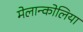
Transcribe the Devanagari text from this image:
मेलान्कोलिया